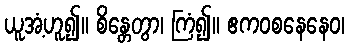
ယူအံ့ဟူ၍။ စိန္တေတွာ၊ ကြံ၍။ ဧကဝစနေနေဝ၊